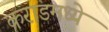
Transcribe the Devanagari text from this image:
कराडमध्ये